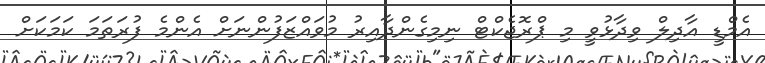
އެމްޑީ އާދިލް ވިދާޅުވީ މި ޕްރޮޖެކްޓް ނިމިގެންދާއިރު މުވައްޒަފުންނަށް އެންމެ ފުރަތަމަ ކަމަކަށް